Report on the administration of the Government Cinchona Department 1892-98
Year: 1892
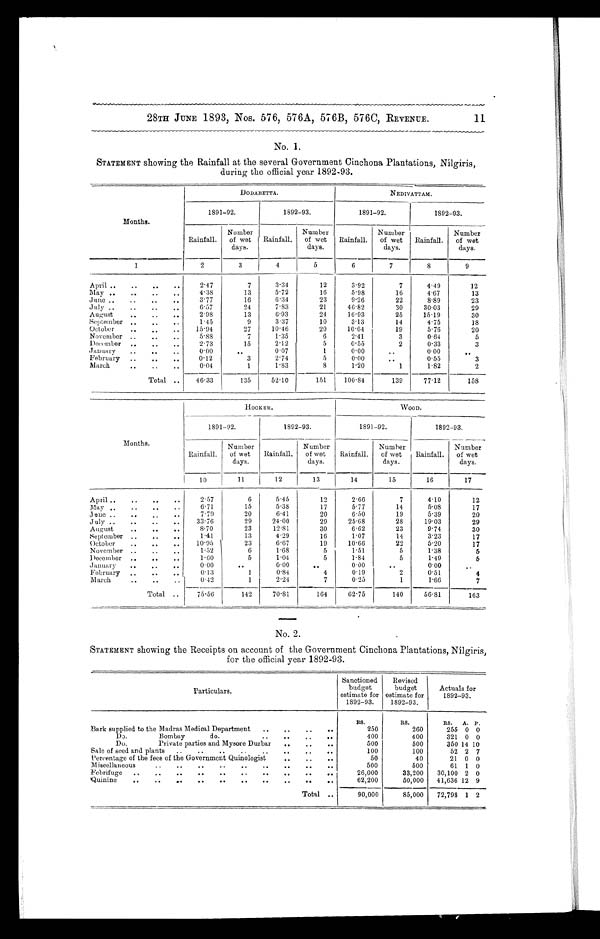
28TH JUNE 1893, Nos. 576, 576A, 576B, 576C, REVENUE.
11
No. 1.
STATEMENT showing the Rainfall at the several Government Cinchona Plantations, Nílgiris,
during the official year 1892-93.
Months.
DODABETTA.
NEDIVATTAM.
1891-92.
1892-93.
1891-92.
1892-93.
Rainfall.
Number
of wet
days.
Rainfall.
Number
of wet
days.
Rainfall.
Number
of wet
days.
Rainfall.
Number
of wet
days.
1
2
3
4
5
6
7
8
9
April . . .
2.47
7
3.34
12
3.92
7
4.49
12
May . . .
4.38
13
5.72
16
5.98
16
4.67
13
June . . .
3.77
16
6.34
23
9.26
22
8.89
23
July . . .
6.57
24
7.83
21
46.82
30
30.03
29
A u g u s t . . .
2.98
13
6.93
24
16.93
25
15.19
30
September . . .
1.45
9
3.37
10
3.13
14
4.75
18
October . . .
15.94
27
10.46
20
10.64
19
5.76
20
November . . .
5.88
7
1.35
6
2.41
3
0.64
5
D e c e m b e r . . .
2.73
15
2.12
5
0.55
2
0.33
3
January . . . .
0.00
. . .
0.07
1
0.00
. . . 0.00
. . .
February . . .
0.12
3
2.74
5
0.00
. . . 0.55
3
March
. . .
0.04
1
1.83
8
1.20
1
1.82
2
Total . . .
46.33
135
52.10
151
100 . 84
139
77.12
158
HOOKER.
WOOD.
1891-92.
1892-93.
1891-92.
1892-93.
Months.
Rainfall.
Number
of wet
days.
Rainfall.
Number
of wet
days.
Rainfall.
Number
of wet
days.
Rainfall.
Number
of wet
days.
10
11
12
13
14
15
16
17
April . . .
2.57
6
5.45
12
2.66
7
4.10
12
May . . .
6.71
15
5.38
17
5.77
14
5.08
17
June . . .
7.79
20
6.41
20
6.50
19
5.39
20
July . . .
33.76
29
24.00
29
25.68
28
19.03
29
August . . .
8.70
23
12.81
30
6.62
23
9.74
30
September . . .
1.41
13
4.29
16
1.07
14
3.23
17
October . . .
10.95
23
6.67
19
10.66
22
5.20
17
November . . .
1.52
6
1.68
5
1.51
5
1.38
5
December
. . .
1.60
5
1.04
5
1.84
5
1.49
5
January . . .
0.00
. . .
0.00
. . . .
0.00
. . .
0.00
. . .
February . . .
0.13
1
0.84
4
0.19
2
0.51
4
March . . .
0.42
1
2.24
7
0.25
1
1.66
7
Total . . .
75.56
142
70.81
164
62.75
140
56.81
163
No. 2.
STATEMENT showing the Receipts on account of the Government Cinchona Plantations, Nílgiris,
for the official year 1892-93.
P a r t i c u l a r s .
Sanctioned
budget
estimate for
1892-93.
Revised
budget
estimate for
1892-93.
Actuals for
1892-93.
RS.
RS.
RS.
A. P.
Bark supplied to the Madras Medical Department . . .
250
260
255 0 0
D o . B o m b a y d o . . . .
400
400
321 0 0
Do. Private parties and Mysore Durbar . . .
500
500
350 14 10
Sale of seed and plants . . .
100
100
52 2 7
Percentage of the fees of the Government Quinologist . . .
50
40
21 0 0
Miscellaneous . . .
500
500
61
1
0
Febrifuge
. . .
26,000
33,200
30,100 2
0
Quinine
.
.
.
62,200
50,000
41,636 12 9
Total . . .
90,000
85,000
72,798
1 2